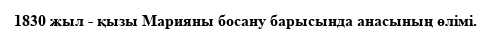
1830 жыл - қызы Марияны босану барысында анасының өлімі.